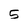
Character: 5